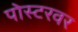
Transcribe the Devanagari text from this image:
पोस्टरवर